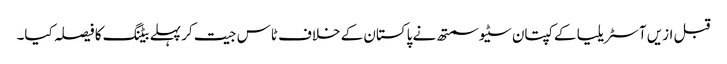
قبل ازیں آسٹریلیا کے کپتان سٹیو سمتھ نے پاکستان کے خلاف ٹاس جیت کر پہلے بیٹنگ کا فیصلہ کیا۔